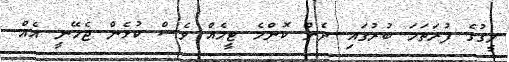
ލީގުގެ ފުރަތަމަ ބުރުގައި ދެން ކޮންމެ ޓީމެއް ވެސް ކުޅެން ޖެހޭނީ އެއް